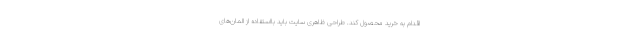
اقدام به خرید محصول کند. طراحی ظاهری سایت باید بااستفاده از المان‌های